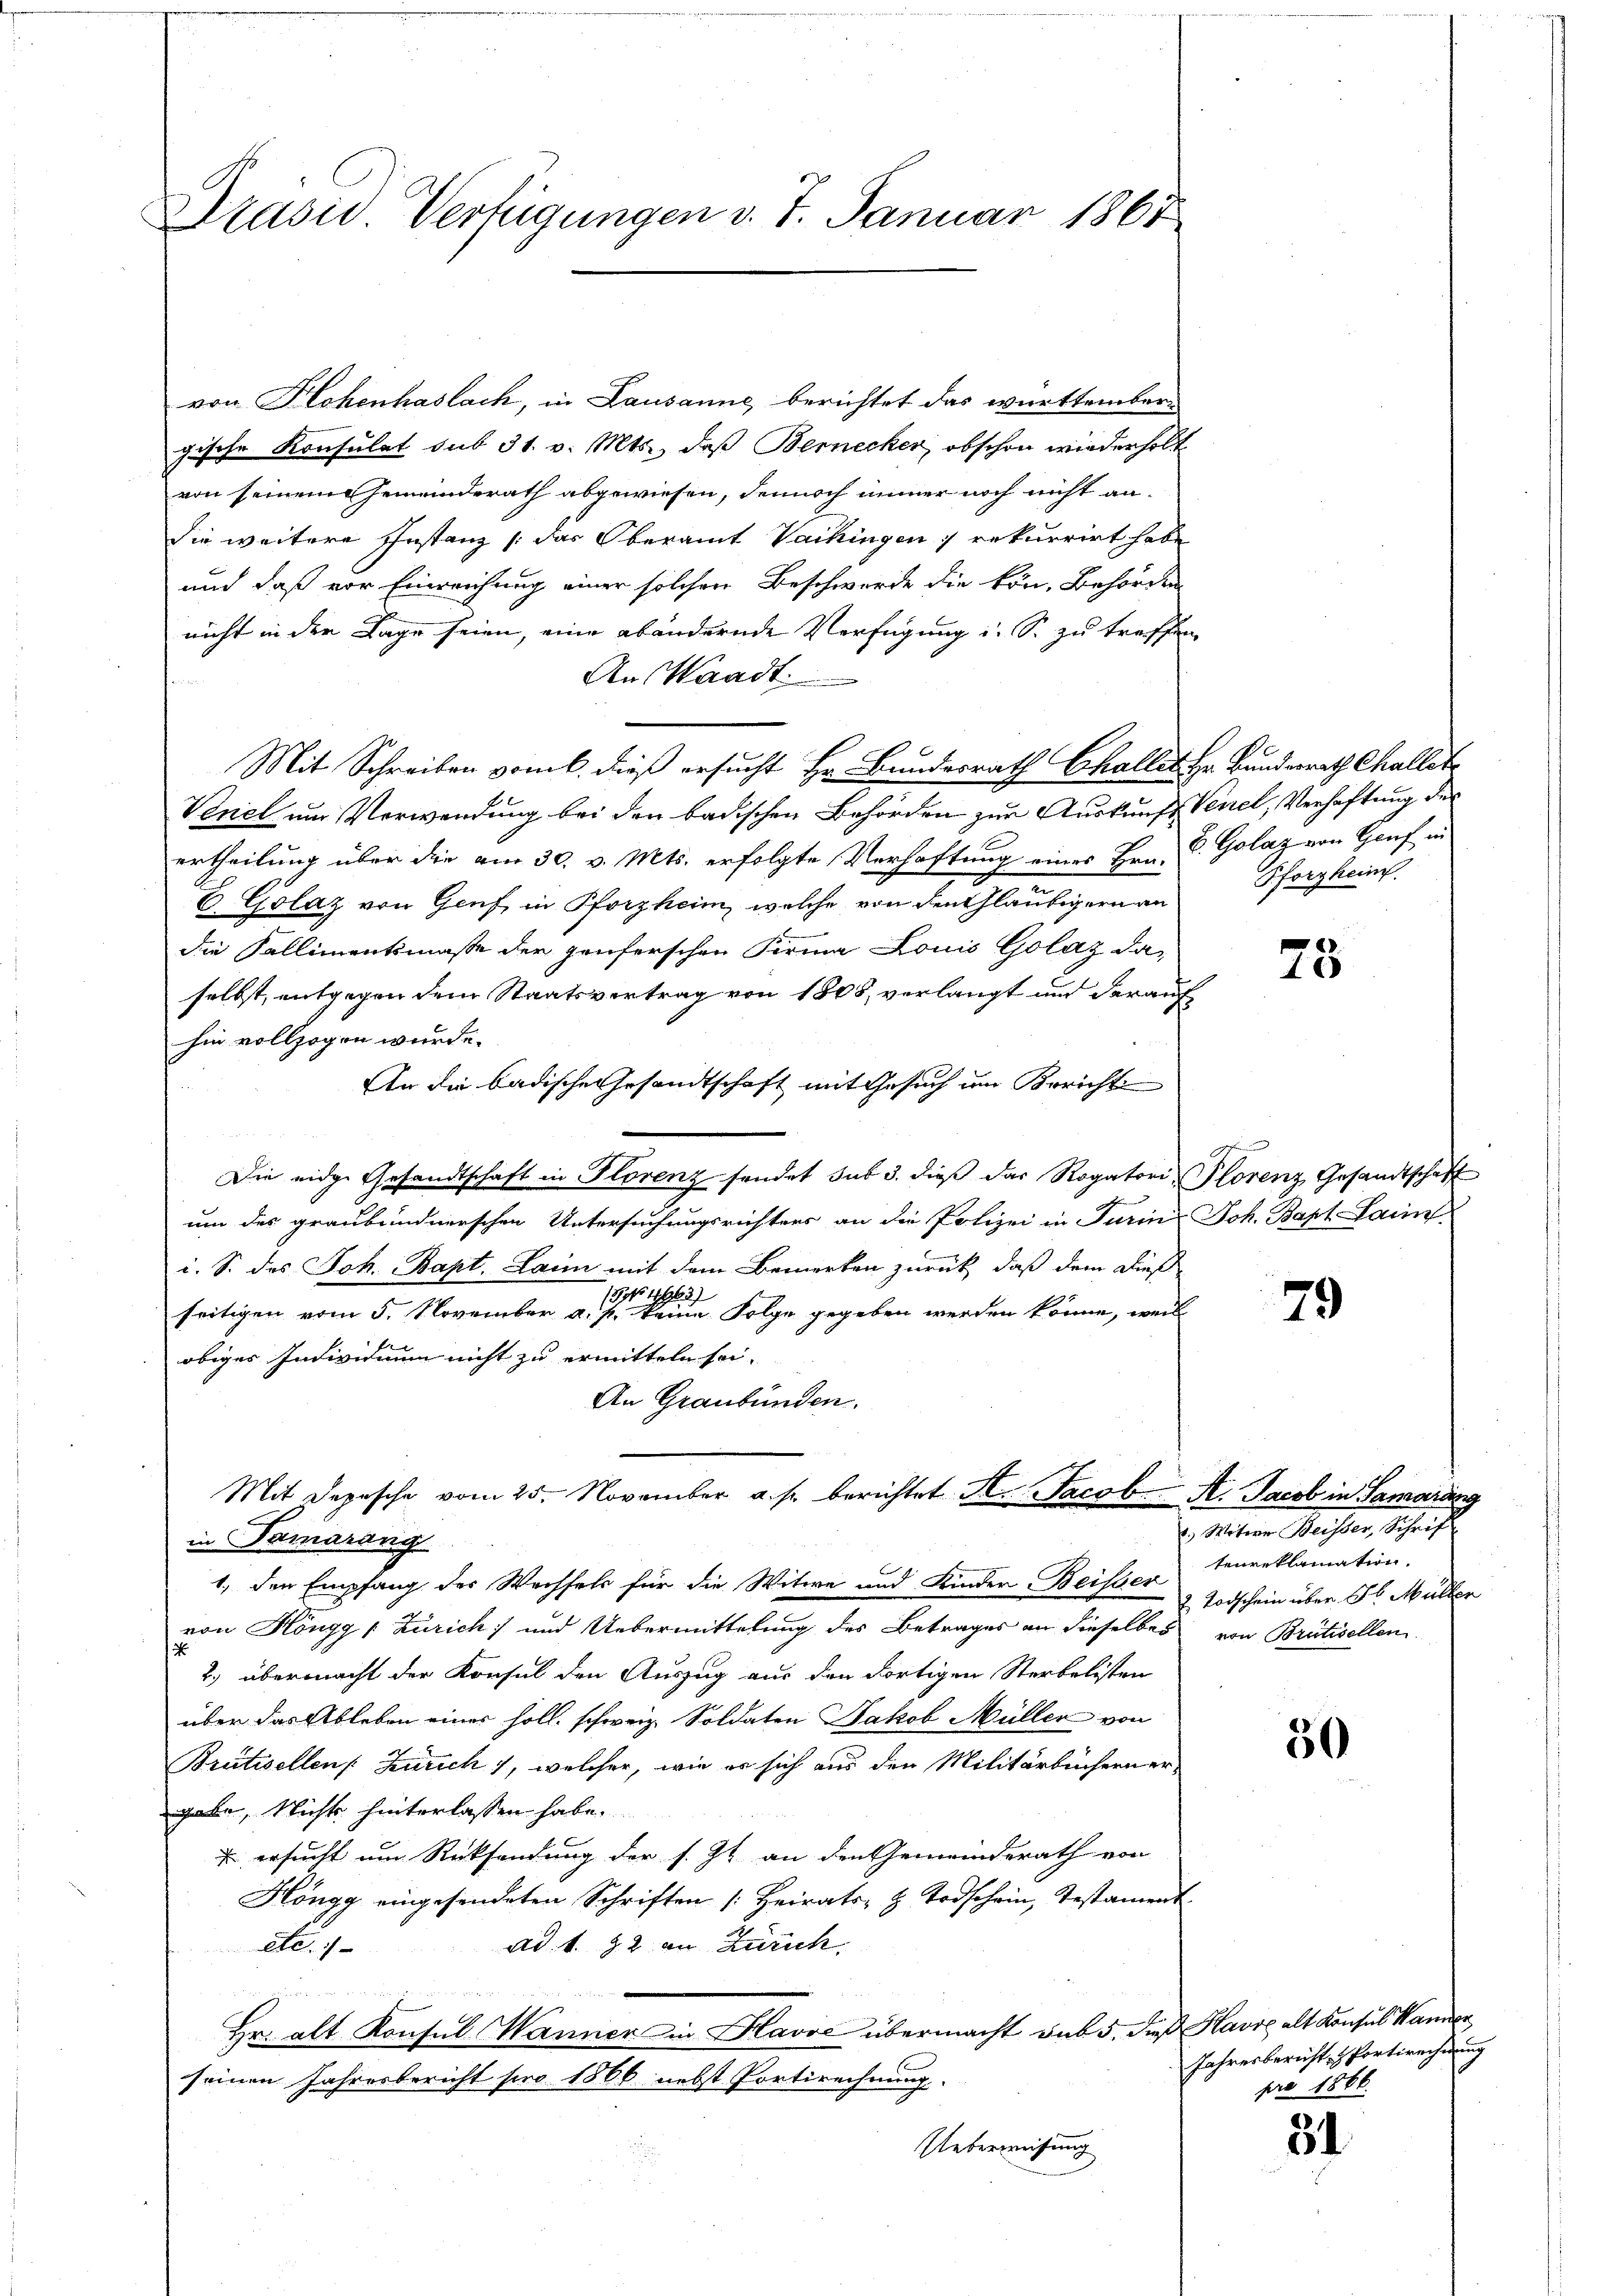
Prasis Verfügungen v. 7. Januar 1865

von Hohenhaslach, in Lausanne, berichtet das württember-
gische Konsulat sub 31. v. Mts., daß Bernecker, obschon wiederholt
von seinem Gemeinderath abgewiesen, dennoch immer noch nicht andie weitere Instanz (das Oberamt Vackingen) rekurrirt habe
und daß vor Einreichung einer solchen Beschwerde die kön, Behörden
nicht in der Tage seien, eine abändernde Verfügung i. S. zu treffen,
Aus Waadt.
Mit Schreiben vom 6. dieß ersucht Hr. Bundesrath Challer Hr. Bundesrath Challet
Venel um Verwendung bei den badischen Behörden zur Auskunft Venel, Verhaftung der
ertheilung über die am 30. v. Mts. erfolgte Verhaftung eines Hrn. C. Golaz von Genf in
E. Golaz von Genf, in Pforzheim, welche von den Gläubigern an
die Kallimentsmasse der penserschen Firma Louis Golaz da
selbst, entgegen dem Staatsvertrag von 1808, verlangt und der auf
hin vollzogen wurde.
An die badische Gesandtschaft mit Gesuch um Bericht
Die eidge Gesandtschaft in Florenz sendet sub 3. dieß das Rogatori Plorenz Gesandtschaft
J
um des graubündnerschen Untersuchungsrichters an die Polizei in Turin Joh. Bapt. Sain
i. S. des Joh. Bapt. Dann mit dem Bemerken zurück, daß dem dieß
/5 1962
seitigen vom 5. November a. p. keine Folge gegeben werden könne, weil
obiger Individuum nicht zu ermitteln sei.
An Graubünden.
Mit Depesche vom 25. November a. s. berichtet St. Jacob A. Jacob in Samaräng
in Samarang
1.) den Empfang des Wechsels für die Witwe und Kinder Beisser
von Höngg [Zürich) und Uebermittelung des Betrages an dieselbes
2) übermacht der Konsul den Auszug aus den dortigen Sterbelisten
über das Ableben einer soll. schweiz. Soldaten Jakob Müller von
Brätisellen Zürich), welcher, wie er sich aus den Militärbüchern ergabe, Nichts hinterlassen habe.
 ersucht um Rücksendung der s. Zt. an den Gemeindsrath von
Höngg eingesendeten Schriften (Heirats- & Todschein, Testament
etc. 1
ad 1. 22 an Zürich

Hr. alt Konsul Wanner in Havoć übermacht sub 5, die Havre alt Konsul Hanner
seinen Jahresbericht pro 1866 nebst Portirechnung.
Ueberweisung

Pforzheim.

75

x

79

1., Witwe Weisser, Schrift
tenreklamation.
2. Todschein über 56 Müller
von Breitisellen

50

Jahresberichtsfortirechnung
pro 1866.

31